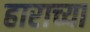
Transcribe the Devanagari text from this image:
हाराच्या